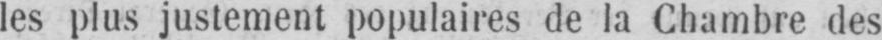
les plus justement populaires de la Chambre des